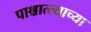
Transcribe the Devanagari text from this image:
पाश्चात्त्याच्या